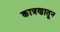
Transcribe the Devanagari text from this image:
कात्रणातून